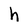
Character: h